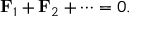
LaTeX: \mathbf { F } _ { 1 } + \mathbf { F } _ { 2 } + \cdots = 0 .